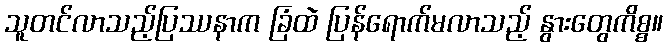
သူတင်လာသည့်ပြဿနာက ခြံထဲ ပြန်ရောက်မလာသည့် နွားတွေကိစ္စ။